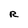
Character: R